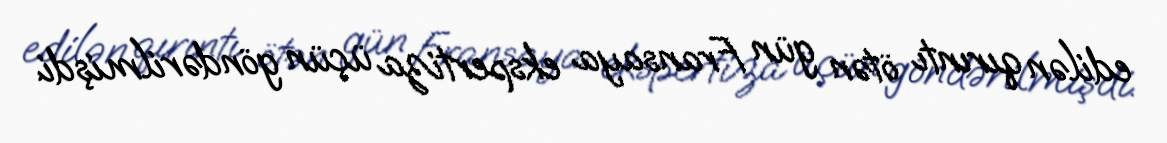
edilən qırıntı ötən gün Fransaya ekspertiza üçün göndərilmişdi.